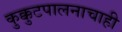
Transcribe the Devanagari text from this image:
कुक्कुटपालनाचाही